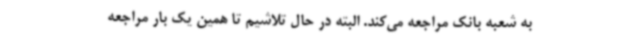
به شعبه بانک مراجعه می‌کند. البته در حال تلاشیم تا همین یک بار مراجعه